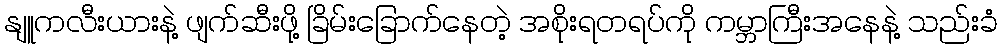
နျူကလီးယားနဲ့ ဖျက်ဆီးဖို့ ခြိမ်းခြောက်နေတဲ့ အစိုးရတရပ်ကို ကမ္ဘာကြီးအနေနဲ့ သည်းခံ